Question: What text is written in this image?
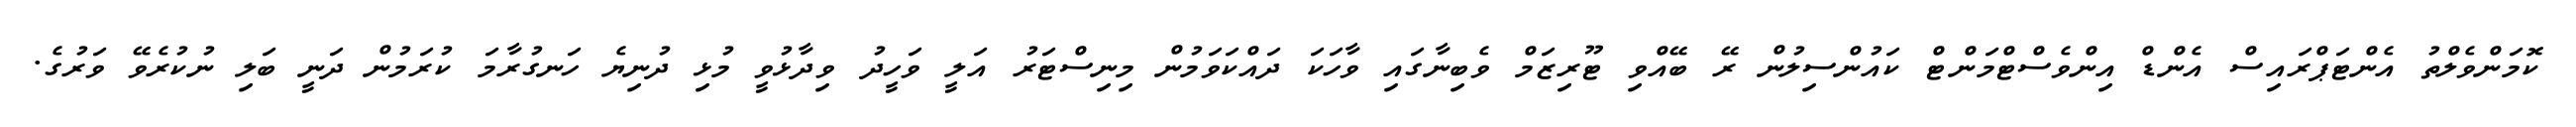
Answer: ކޮމަންވެލްތު އެންޓަޕްރައިސް އެންޑް އިންވެސްޓްމަންޓް ކައުންސިލުން ރޭ ބޭއްވި ޓޫރިޒަމް ވެބިނާގައި ވާހަކަ ދައްކަވަމުން މިނިސްޓަރު އަލީ ވަހީދު ވިދާޅުވީ މުޅި ދުނިޔެ ހަނގުރާމަ ކުރަމުން ދަނީ ބަލި ނުކުރެވޭ ވަރުގެ.